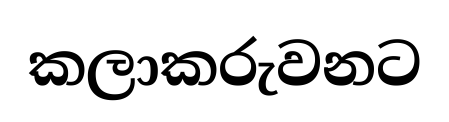
කලාකරුවනට